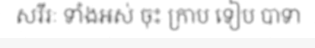
សរីរៈ ទាំងអស់ ចុះ ក្រាប ទៀប បាទា